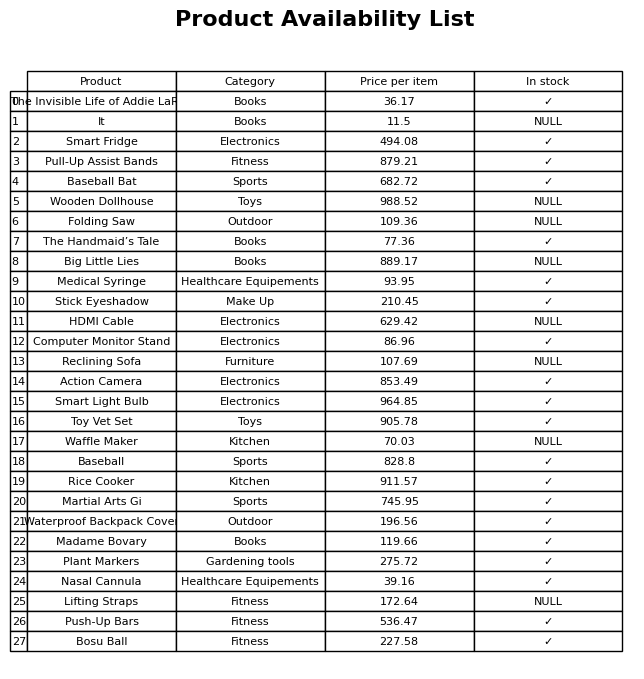
question: What category does the Waffle Maker belong to?
answer: Kitchen